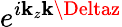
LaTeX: e^{i\mathbf{k}_{z}\mathbf{k}\Deltaz}